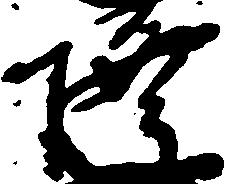
隆